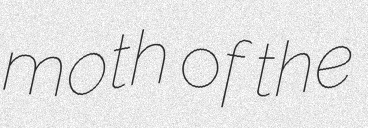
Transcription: moth of the